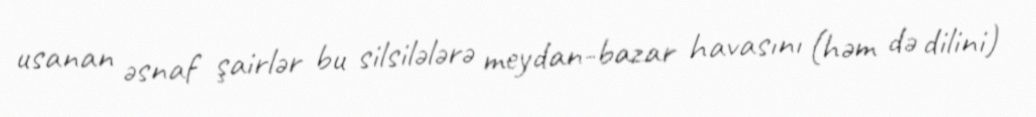
usanan əsnaf şairlər bu silsilələrə meydan-bazar havasını (həm də dilini)